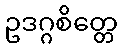
ဥဒဂ္ဂစိတ္တေ